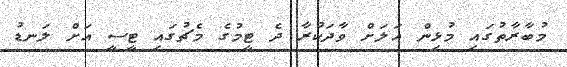
މުބާރާތުގައި މުޅިން އަލަށް ވާދަކުރާ ދެ ޓީމުގެ މެޗުގައި ޓީސީ އަށް ލަނޑު